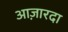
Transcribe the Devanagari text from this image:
आज़ारदा